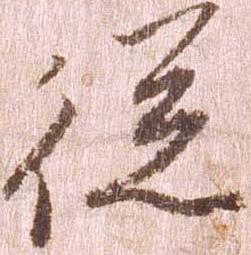
従